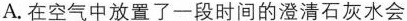
A.在空气中放置了一段时间的澄清石灰水会